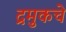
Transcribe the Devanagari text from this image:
द्रमुकचे